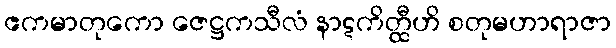
ဧကမာတုကော ဇေဋ္ဌကသီလံ နာဋကိတ္ထီဟိ စတုမဟာရာဇာ